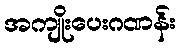
အကျိုးပေးဂဏန်း